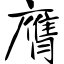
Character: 膺